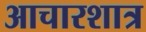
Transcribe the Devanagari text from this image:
आचारशात्र